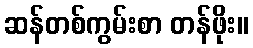
ဆန်တစ်ကွမ်းစာ တန်ဖိုး။